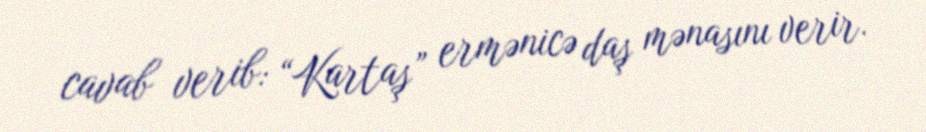
cavab verib: “Kartaş” ermənicə daş mənasını verir.